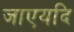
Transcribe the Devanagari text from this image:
जाएयदि